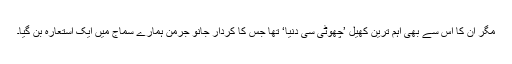
مگر ان کا اس سے بھی اہم ترین کھیل ’چھوٹی سی دنیا‘ تھا جس کا کردار جانو جرمن ہمارے سماج میں ایک استعارہ بن گیا۔